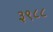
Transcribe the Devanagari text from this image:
३९८८